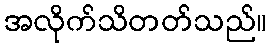
အလိုက်သိတတ်သည်။